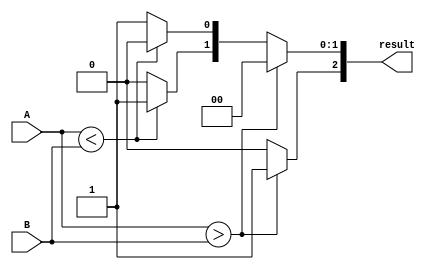
module ParametrizedComparator #(
    parameter N = 8  // Default bit width
)(
    input  [N-1:0] A,  // Input A
    input  [N-1:0] B,  // Input B
    output reg [2:0] result  // Output: {A > B, A < B, A == B}
);

// Always block to compare inputs A and B
always @(*) begin
    // Initialize the result
    result = 3'b000;  // Default to all conditions false

    if (A > B) begin
        result[2] = 1'b1; // A is greater
    end else if (A < B) begin
        result[1] = 1'b1; // A is less
    end else begin
        result[0] = 1'b1; // A is equal
    end
end

endmodule